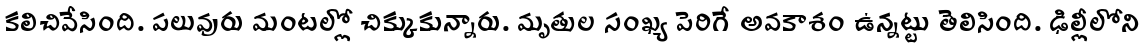
కలిచివేసింది. పలువురు మంటల్లో చిక్కుకున్నారు. మృతుల సంఖ్య పెరిగే అవకాశం ఉన్నట్టు తెలిసింది. ఢిల్లీలోని